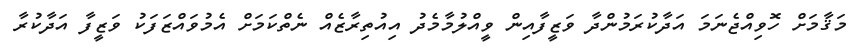
މަޤާމަށް ހޮވިއްޖެނަމަ އަދާކުރަމުންދާ ވަޒީފާއިން ވީއްލުމާމެދު އިއުތިރާޒެއް ނެތްކަމަށް އެމުވައްޒަފަކު ވަޒީފާ އަދާކުރާ